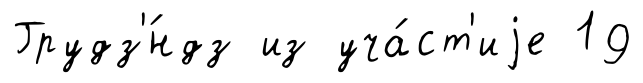
Грудз'́ндз из уча́ст'иjе 19